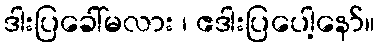
ဒါးပြခေါ်မလား ၊ ဧဒါးပြပေါ့နော်။